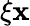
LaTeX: \xi{\mathbf{x}}